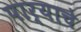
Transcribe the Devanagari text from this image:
पार्‍याचे